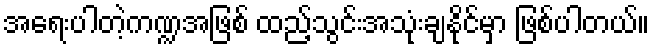
အရေးပါတဲ့ကဏ္ဍအဖြစ် ထည့်သွင်းအသုံးချနိုင်မှာ ဖြစ်ပါတယ်။